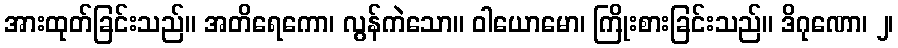
အားထုတ်ခြင်းသည်။ အတိရေကော၊ လွန်ကဲသော။ ဝါယောမော၊ ကြိုးစားခြင်းသည်။ ဒိဂုဏော၊ ၂၊